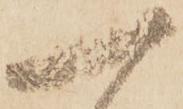
一